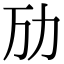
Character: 劢